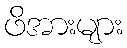
ဖိအားများ